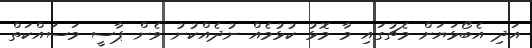
އަދި އެބޯޅަޔަށް މެޗުގައި މާ މޮޅު ކުޅުމެއް ނުދެއްކުނު ވެން ޕާސީ މަސައްކަތް